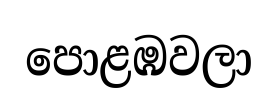
පොළඹවලා